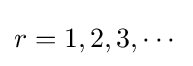
r=1,2,3,\cdots